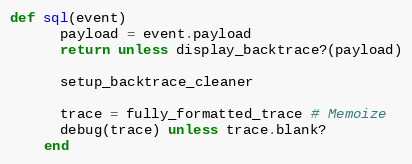
Language: Ruby
def sql(event)
      payload = event.payload
      return unless display_backtrace?(payload)

      setup_backtrace_cleaner

      trace = fully_formatted_trace # Memoize
      debug(trace) unless trace.blank?
    end